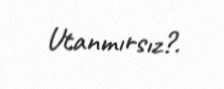
Utanmırsız?.